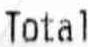
TOTAL